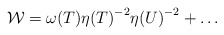
\begin{align*}{\cal W} = {\omega(T)}{\eta(T)}^{-2}{\eta(U)}^{-2}+ {\dots}\end{align*}